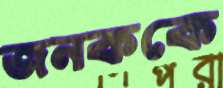
জনককে